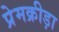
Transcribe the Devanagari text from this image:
प्रेमक्रीड़ा